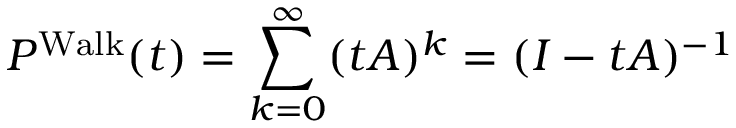
P ^ { \operatorname { W a l k } } ( t ) = \sum _ { k = 0 } ^ { \infty } ( t A ) ^ { k } = ( I - t A ) ^ { - 1 }